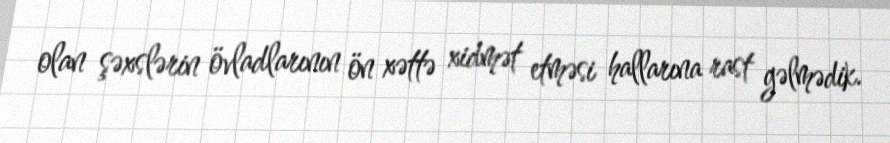
olan şəxslərin övladlarının ön xəttə xidmət etməsi hallarına rast gəlmədik.